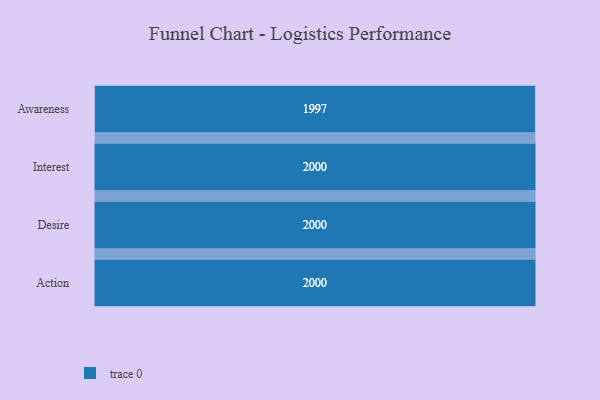
{"axis": {"x": "Stage", "y": "Value"}, "legend": [""], "data": [{"x": "Awareness", "y": 1997.0, "type": ""}, {"x": "Interest", "y": 2000, "type": ""}, {"x": "Desire", "y": 2000, "type": ""}, {"x": "Action", "y": 2000, "type": ""}]}